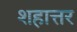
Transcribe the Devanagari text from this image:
शहात्तर